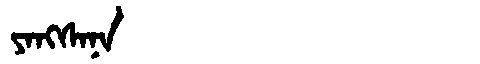
Manchu: ᠶᠠᠩᠰᠠᠨᠠ
Romanization: YANGSANA